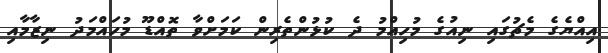
އިއްޔެގެ މެޗުގައި ނިއުގެ މުހިއްމު ދެ ކުޅުންތެރިން ކަމަށްވާ ތޮއްޑޫ މުހައްމަދު ނިޒާމާއި